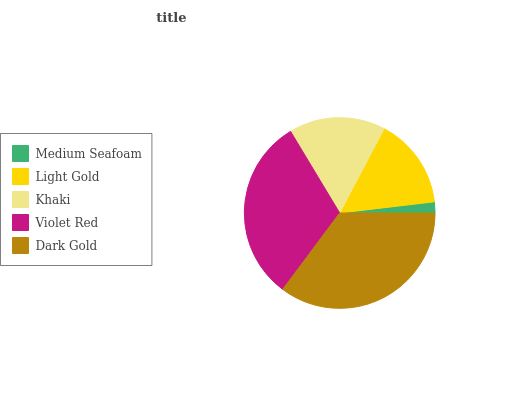
| Medium Seafoam | Light Gold | Khaki | Violet Red | Dark Gold |
 | --- | --- | --- | --- | --- |
 | 1.88% | 15.4% | 16.4% | 31.2% | 35.2% |